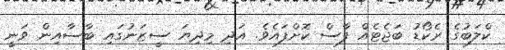
ކްލަބުގެ ރެކޯޑު ބަޖެޓެއް ފާސް ކޮށްފައެވެ. އަދި މިދިޔަ ސީޒަނުގައި ބާސާއިން ވަނީ